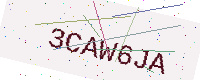
Text: 3CAW6JA